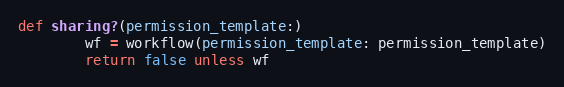
Language: Ruby
def sharing?(permission_template:)
        wf = workflow(permission_template: permission_template)
        return false unless wf